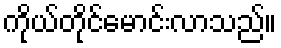
ကိုယ်တိုင်မောင်းလာသည်။